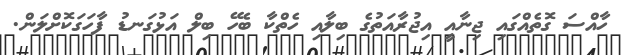
ހާއްސަ ގޮތެއްގައި ޖިނާއީ އިޖުރާއަތުގެ ބިލާއި ހެތްކާ ބެހޭ ބިލް އަޅުގަނޑު ފާހަގަކޮށްލަން.